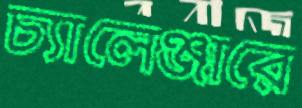
চ্যালেঞ্জারে